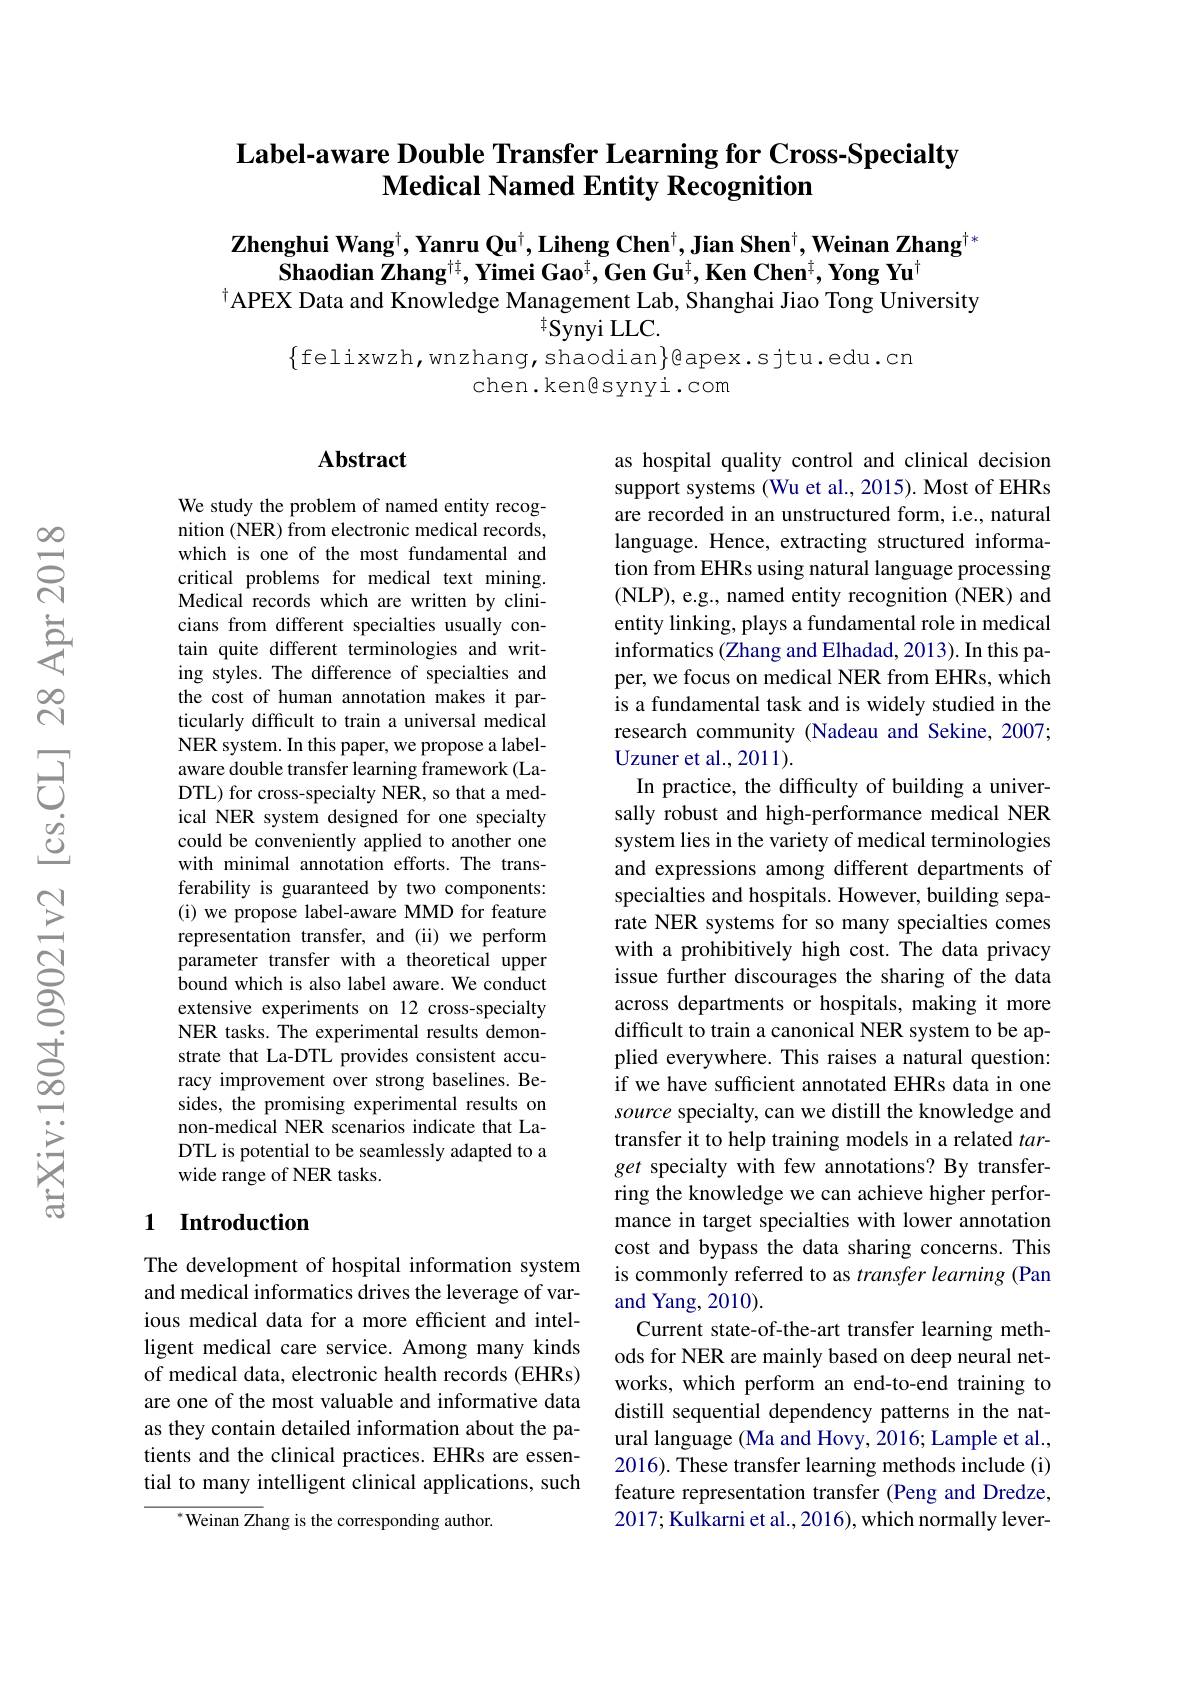
## Label-aware Double Transfer Learning for Cross-Specialty Medical Named Entity Recognition

$\textbf{Zhenghui Wang}^\dagger,\textbf{Yanru Qu}^\dagger,\textbf{Liheng Chen}^\dagger,\textbf{Jian Shen}^\dagger,\textbf{Weinan Zhang}^\dagger*$
$\bar{\textbf{Shaodian Zhang}^{\dagger\dagger}}$,Yimei Gao$^\dagger$,Gen Gu$^\dagger$,Ken Chen$^\dagger$,Yong Yu$^\dagger$
$^{\dagger}$APEX Data and Knowledge Management Lab, Shanghai Jiao Tong University
$^{\dagger}$Synyi LLC.

$\{$felixwzh,wnzhang,shaodian$\}$@apex.sjtu.edu.cn

chen.ken$\textcircled{\mathrm{synyi.com}}$

### $\mathbf{Abstract}$

We study the problem of named entity recognition (NER) from electronic medical records, which is one of the most fundamental and critical problems for medical text mining Medical records which are written by clinicians from different specialties usually contain quite different terminologies and writing styles. The difference of specialties and the cost of human annotation makes it particularly difficult to train a universal medical NER system. In this paper, we propose a labelaware double transfer learning framework (LaDTL) for cross-specialty NER, so that a medical NER system designed for one specialty could be conveniently applied to another one with minimal annotation efforts.The transferability is guaranteed by two components: (i) we propose label-aware MMD for feature representation transfer, and (ii) we perform parameter transfer with a theoretical upper bound which is also label aware. We conduct extensive experiments on 12 cross-specialty NER tasks. The experimental results demonstrate that La-DTL provides consistent accuracy improvement over strong baselines. Besides, the promising experimental results on non-medical NER scenarios indicate that LaDTL is potential to be seamlessly adapted to a wide range of NER tasks.

as hospital quality control and clinical decision support systems (Wu et al., 2015). Most of EHRs are recorded in an unstructured form, i.e., natural language. Hence, extracting structured information from EHRs using natural language processing (NLP), e.g., named entity recognition (NER) and entity linking, plays a fundamental role in medical informatics (Zhang and Elhadad, 2013). In this paper, we focus on medical NER from EHRs, which is a fundamental task and is widely studied in the research community (Nadeau and Sekine, 2007; ${\mathrm{Uzuner~et~al.,2011}}).$
In practice, the difficulty of building a universally robust and high-performance medical NER system lies in the variety of medical terminologies and expressions among different departments of specialties and hospitals. However, building separate NER systems for so many specialties comes with a prohibitively high cost. The data privacy issue further discourages the sharing of the data across departments or hospitals, making it more difficult to train a canonical NER system to be applied everywhere. This raises a natural question: if we have sufficient annotated EHRs data in one source specialty, can we distill the knowledge and transfer it to help training models in a related $tar-$ get specialty with few annotations? By transferring the knowledge we can achieve higher performance in target specialties with lower annotation cost and bypass the data sharing concerns. This is commonly referred to as transfer learning (Pan and Yang, 2010).
Current state-of-the-art transfer learning methods for NER are mainly based on deep neural networks, which perform an end-to-end training to distill sequential dependency patterns in the natural language (Ma and Hovy, 2016; Lample et al., 2016). These transfer learning methods include (i) feature representation transfer (Peng and Dredze, 2017; Kulkarni et al., 2016), which normally lever-

### 1 Introduction

The development of hospital information system and medical informatics drives the leverage of various medical data for a more efficient and intelligent medical care service. Among many kinds of medical data, electronic health records (EHRs) are one of the most valuable and informative data as they contain detailed information about the patients and the clinical practices. EHRs are essential to many intelligent clinical applications, such

$^{*}$Weinan Zhang is the corresponding author.